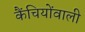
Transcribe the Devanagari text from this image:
कैंचियोंवाली